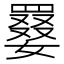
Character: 𡢑